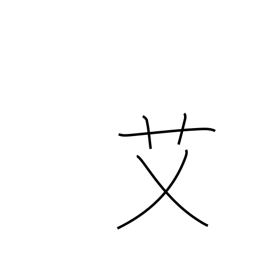
Meaning: wormwood